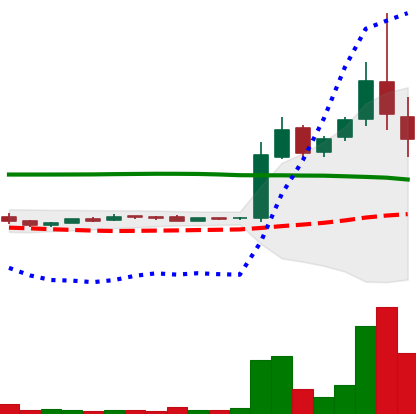
Ticker: LTC-USD
Chart end date: 2015-11-05
Forward return: -21.367%
Label: down_7plus